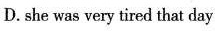
D. she was very tired that day